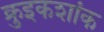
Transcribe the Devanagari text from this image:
क्रुइकशांक